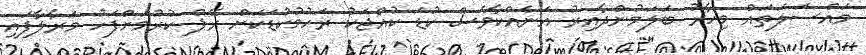
މައްސަލަތައް މިހާރު ބަލަމުންދާއިރު އަނެއްކާވެެސް ކުޑަ ކުއްޖަކު ރަހުމުކުޑަކަށް ރޭޕް ކުރުމަށްފަހު މަރާލާފައި